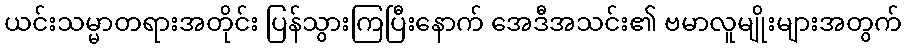
ယင်းသမ္မာတရားအတိုင်း ပြန်သွားကြပြီးနောက် အေဒီအသင်း၏ ဗမာလူမျိုးများအတွက်